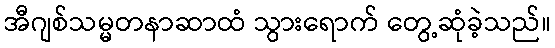
အီဂျစ်သမ္မတနာဆာထံ သွားရောက် တွေ့ဆုံခဲ့သည်။